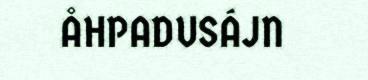
ÅHPADUSÁJN